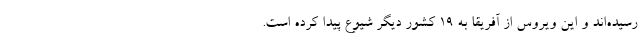
رسیده‌اند و این ویروس از آفریقا به ۱۹ کشور دیگر شیوع پیدا کرده است.